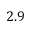
2 . 9